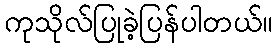
ကုသိုလ်ပြုခဲ့ပြန်ပါတယ်။